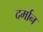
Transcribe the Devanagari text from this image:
दर्मान